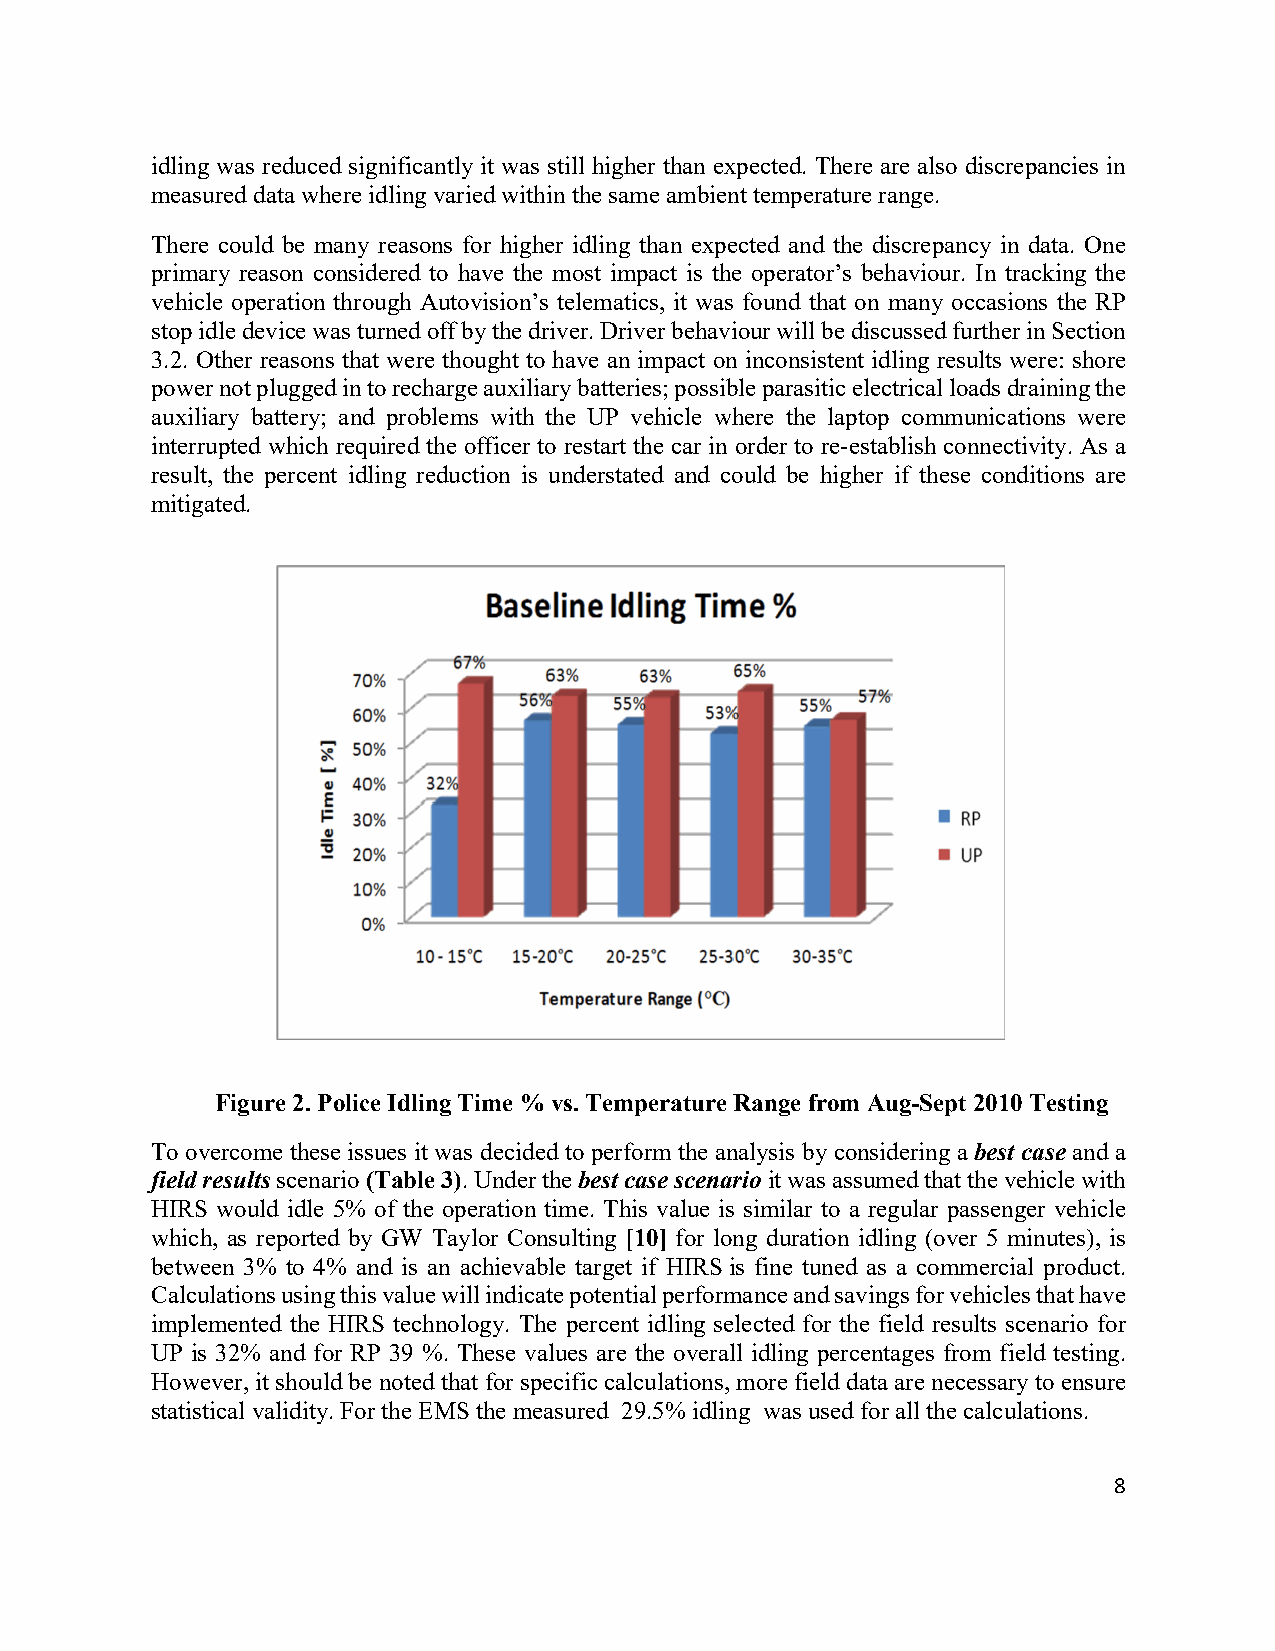
idling was reduced significantly it was still higher than expected. There are also discrepancies in
 measured data where idling varied within the same ambient temperature range.
 There could be many reasons for higher idling than expected and the discrepancy in data. One
 primary reason considered to have the most impact is the operator’s behaviour. In tracking the
 vehicle operation through Autovision’s telematics, it was found that on many occasions the RP
 stop idle device was turned off by the driver. Driver behaviour will be discussed further in Section
 3.2. Other reasons that were thought to have an impact on inconsistent idling results were: shore
 power not plugged in to recharge auxiliary batteries; possible parasitic electrical loads draining the
 auxiliary battery; and problems with the UP vehicle where the laptop communications were
 interrupted which required the officer to restart the car in order to re-establish connectivity. As a
 result, the percent idling reduction is understated and could be higher if these conditions are
 mitigated.
 Figure 2. Police Idling Time % vs. Temperature Range from Aug-Sept 2010 Testing
 To overcome these issues it was decided to perform the analysis by considering a best case and a
 field results scenario (Table 3). Under the best case scenario it was assumed that the vehicle with
 HIRS would idle 5% of the operation time. This value is similar to a regular passenger vehicle
 which, as reported by GW Taylor Consulting [10] for long duration idling (over 5 minutes), is
 between 3% to 4% and is an achievable target if HIRS is fine tuned as a commercial product.
 Calculations using this value will indicate potential performance and savings for vehicles that have
 implemented the HIRS technology. The percent idling selected for the field results scenario for
 UP is 32% and for RP 39 %. These values are the overall idling percentages from field testing.
 However, it should be noted that for specific calculations, more field data are necessary to ensure
 statistical validity. For the EMS the measured 29.5% idling was used for all the calculations.
 8